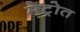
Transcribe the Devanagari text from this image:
मेट्रोत